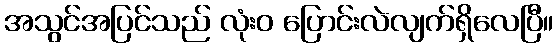
အသွင်အပြင်သည် လုံးဝ ပြောင်းလဲလျက်ရှိလေပြီ။